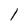
Character: l